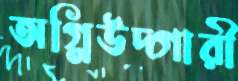
অগ্নিউদ্গারী